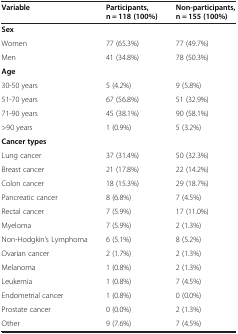
<table><thead><tr><td><b>Variable</b></td><td><b>Participants, n = 118 (100%)</b></td><td><b>Non-participants, n = 155 (100%)</b></td></tr></thead><tbody><tr><td><b>Sex</b></td><td> </td><td> </td></tr><tr><td>Women</td><td>77 (65.3%)</td><td>77 (49.7%)</td></tr><tr><td>Men</td><td>41 (34.8%)</td><td>78 (50.3%)</td></tr><tr><td><b>Age</b></td><td> </td><td> </td></tr><tr><td>30-50 years</td><td>5 (4.2%)</td><td>9 (5.8%)</td></tr><tr><td>51-70 years</td><td>67 (56.8%)</td><td>51 (32.9%)</td></tr><tr><td>71-90 years</td><td>45 (38.1%)</td><td>90 (58.1%)</td></tr><tr><td>&gt;90 years</td><td>1 (0.9%)</td><td>5 (3.2%)</td></tr><tr><td><b>Cancer types</b></td><td> </td><td> </td></tr><tr><td>Lung cancer</td><td>37 (31.4%)</td><td>50 (32.3%)</td></tr><tr><td>Breast cancer</td><td>21 (17.8%)</td><td>22 (14.2%)</td></tr><tr><td>Colon cancer</td><td>18 (15.3%)</td><td>29 (18.7%)</td></tr><tr><td>Pancreatic cancer</td><td>8 (6.8%)</td><td>7 (4.5%)</td></tr><tr><td>Rectal cancer</td><td>7 (5.9%)</td><td>17 (11.0%)</td></tr><tr><td>Myeloma</td><td>7 (5.9%)</td><td>2 (1.3%)</td></tr><tr><td>Non-Hodgkin’s Lymphoma</td><td>6 (5.1%)</td><td>8 (5.2%)</td></tr><tr><td>Ovarian cancer</td><td>2 (1.7%)</td><td>2 (1.3%)</td></tr><tr><td>Melanoma</td><td>1 (0.8%)</td><td>2 (1.3%)</td></tr><tr><td>Leukemia</td><td>1 (0.8%)</td><td>7 (4.5%)</td></tr><tr><td>Endometrial cancer</td><td>1 (0.8%)</td><td>0 (0.0%)</td></tr><tr><td>Prostate cancer</td><td>0 (0.0%)</td><td>2 (1.3%)</td></tr><tr><td>Other</td><td>9 (7.6%)</td><td>7 (4.5%)</td></tr></tbody></table>